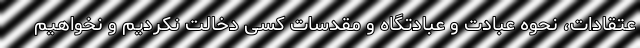
عتقادات، نحوه عبادت و عبادتگاه و مقدسات کسی دخالت نکردیم و نخواهیم